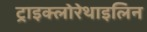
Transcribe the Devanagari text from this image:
ट्राइक्लोरेथाइलिन